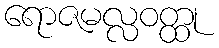
ရောဇမလ္လဝတ္ထု